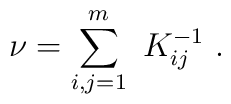
\nu=\sum_{i,j=1}^m\ K^{-1}_{ij}\ .